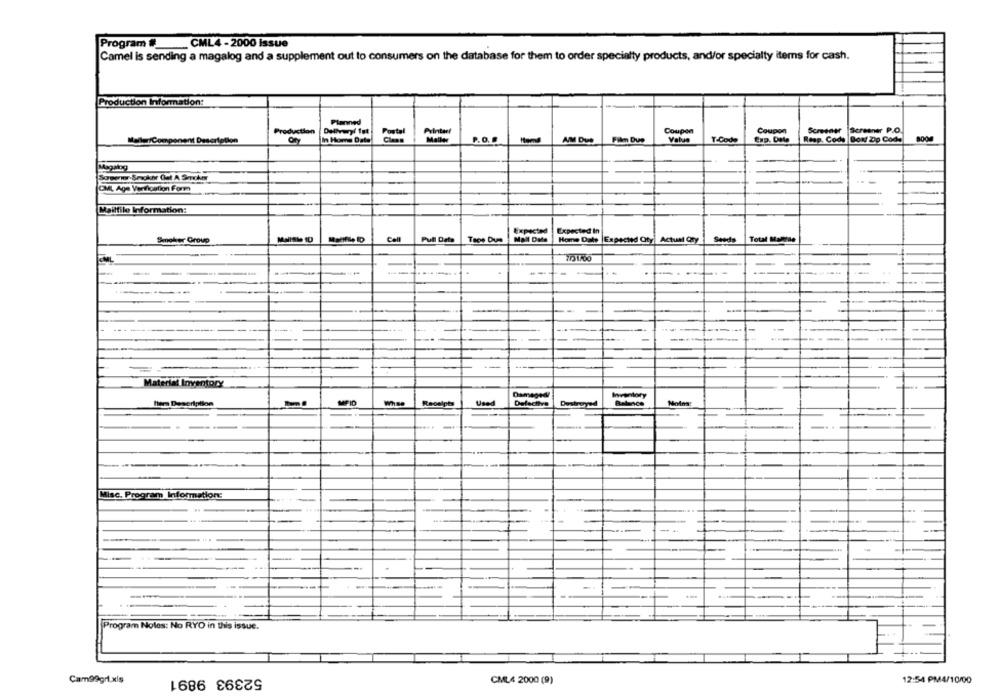
Program #_
_ CML4 - 2000 Issue
Camel is sending a magalog and a supplement out to consumers on the database for them to order specialty products, and/or specialty items for cash.
Production Information:
Planned
Production
Coupon
Coupon
Screener Screener P.O.
OfY
Portal
P.O.0
Film Due
Value
TCode
Exp. Dete
Resp. Code Boxy Zip Code
Meller/Component Description
In Home Date!
AIM DID
Magalog
CAMA, Aga Venrication Form
Mailfile Information:
Expected
Expected In
Smoker Group
Call
Pull Data
Mall Dale
Home Date Expected Oty Actual Cry
Seeds
Total Manras
------
..
-
-
Material Inventory
Damaged
Inventory
Her Description
MFID
Whse
Receipts
Used
Defective
Destroyed
Balance
Molme
--
1
Misc. Program Information:
Program Noles: No RYO in this issue.
52393 9891
Cam99gri.xis
CML4 2000 (9)
12:54 PM4/10/00